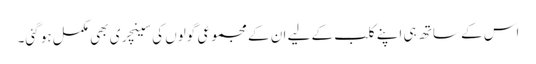
اس کے ساتھ ہی اپنے کلب کے لیے ان کے مجموعی گولوں کی سینچری بھی مکمل ہو گئی۔